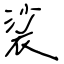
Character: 裟